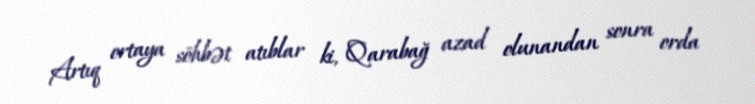
Artıq ortaya söhbət atıblar ki, Qarabağ azad olunandan sonra orda